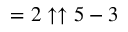
= 2 \uparrow \uparrow 5 - 3